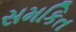
સમકિત